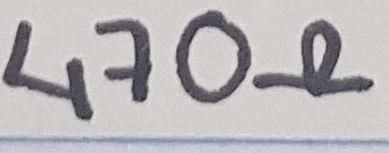
Text: 470Ω